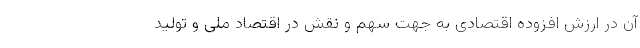
آن در ارزش افزوده اقتصادی به جهت سهم و نقش در اقتصاد ملی و تولید